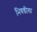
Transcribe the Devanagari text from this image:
भिवडीला